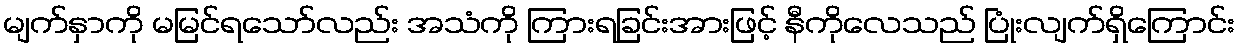
မျက်နှာကို မမြင်ရသော်လည်း အသံကို ကြားရခြင်းအားဖြင့် နီကိုလေသည် ပြုံးလျက်ရှိကြောင်း